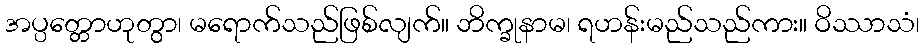
အပ္ပတ္တောဟုတွာ၊ မရောက်သည်ဖြစ်လျက်။ ဘိက္ခုနာမ၊ ရဟန်းမည်သည်ကား။ ဝိဿာသံ၊